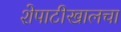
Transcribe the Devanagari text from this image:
शेपाटीखालचा